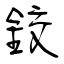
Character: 鉸